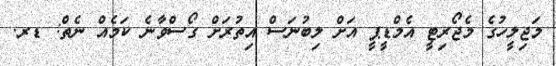
މަޖިލީހުގެ މެޖޯރިޓީ އެމްޑީޕީ އަށް ލިބުނަސް އިތުރަށް ގޯސްވާނެ ކަމެއް ނެތް: ޑރ.